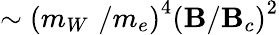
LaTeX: \sim\left(m_{W}\, \, /m_{e}\right)^{4}\left(\mathbf{B}/\mathbf{B}_{c}\right)^{2}